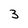
Character: 3